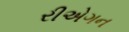
રીએગન